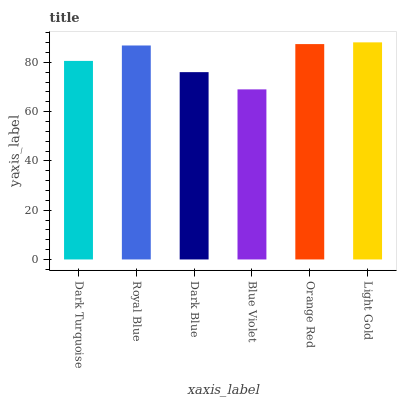
| xaxis_label | bars |
 | --- | --- |
 | Dark Turquoise | 80.6 |
 | Royal Blue | 86.8 |
 | Dark Blue | 76 |
 | Blue Violet | 69 |
 | Orange Red | 87.4 |
 | Light Gold | 88.1 |